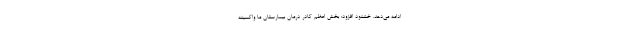
ادامه می‌دهد. خشنود افزود: بخش اعظم کادر درمان بیمارستان ما واکسینه